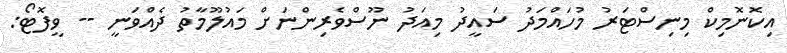
އިކޮނޮމިކް މިނިސްޓަރު މުހައްމަދު ސައީދު މިއަދު ނޫސްވެރިންނަށް މައުލޫމާތު ދެއްވަނީ -- ވީފޮޓޯ: